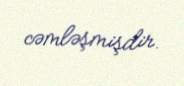
cəmləşmişdir.